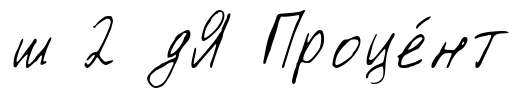
ш 2 дЯ Проце́нт